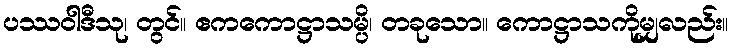
ပဿဝါဒီသု၊ တွင်။ ဧကကောဋ္ဌာသမ္ပိ၊ တခုသော။ ကောဋ္ဌာသကိုမျှလည်း။